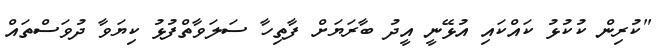
"ކުރިން ކުކުޅު ކައްކައި އުޅޭނީ އީދު ބާރަޔަށް ފާތިހާ ސަލަވާތްފުޅު ކިޔަވާ ދުވަސްތައް